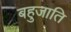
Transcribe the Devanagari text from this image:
बहुजाति